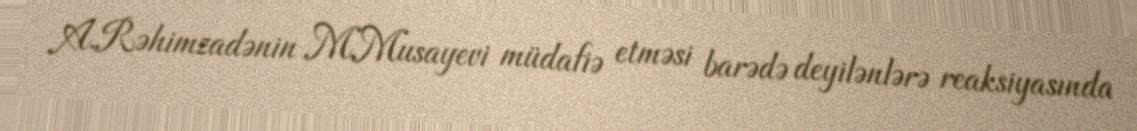
A.Rəhimzadənin M.Musayevi müdafiə etməsi barədə deyilənlərə reaksiyasında